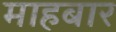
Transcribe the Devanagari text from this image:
माहबार